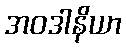
အဝဒါနိယာ